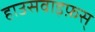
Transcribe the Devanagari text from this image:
हाउसवाइफ़स्